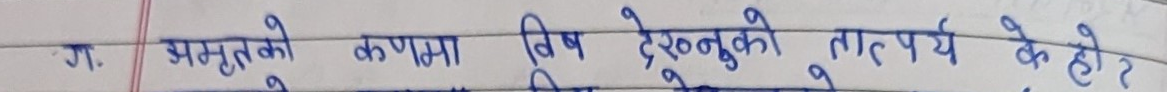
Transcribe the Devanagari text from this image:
ग. अमृतको कणमा विष देख्नुको तात्पर्य के होर?